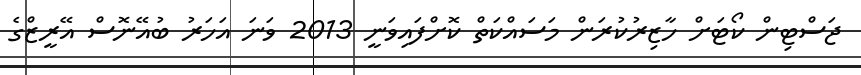
ޖަސްޓިން ކޯޓަށް ހާޒިރުކުރަން މަސައްކަތް ކޮށްފައިވަނީ 2013 ވަނަ އަހަރު ބުއޭނޮސް އޭރީޒްގެ